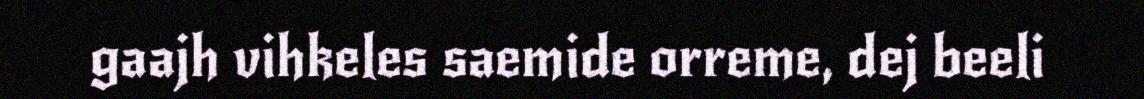
gaajh vihkeles saemide orreme, dej beeli